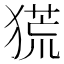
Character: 𤠤